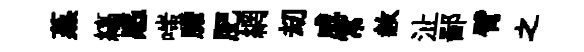
蒸縞感嗤膽肥網刧威常赦沚鄙臂之